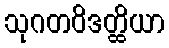
သုဂတဝိဒတ္ထိယာ